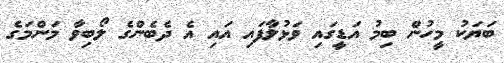
ބަޔަކު މީހުން ބިމު އަޑީގައި ވަޅުލާފައި އައި އެ ދެބެންގެ ލޯބިވާ މަންމަގެ